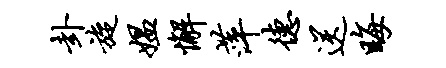
卦旋媪懈萍德送晦